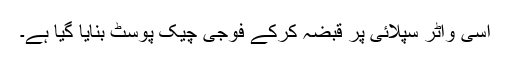
اسی واٹر سپلائی پر قبضہ کرکے فوجی چیک پوسٹ بنایا گیا ہے۔